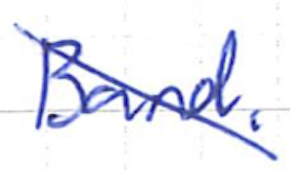
Text: Band.
Cross-out: diagonal
Writing tool: ballpoint